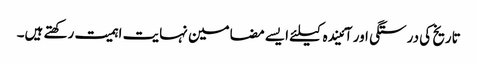
تاریخ کی درستگی اور آئیندہ کیلئے ایسے مضامین نہایت اہمیت رکھتے ہیں۔